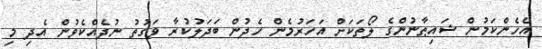
އެހެންކަމުން ޝައިޠާނުންގެ ލޯތަކަށް އަހަރުމެން ހެދުން ބަދަލުކުރާ ވަގުތު ނުދެއްކެވުން އެދި މި